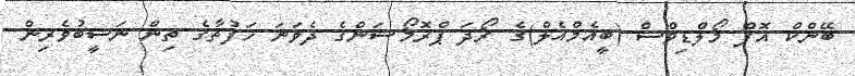
ބޭންކް އޮފް މޯލްޑިވްސް (ބީއެމްއެލް)ގެ ރޯދަ ޕްރޮމޯޝަންގެ ދެވަނަ ހަފުތާގެ ތިން ނަސީބުވެރިން